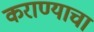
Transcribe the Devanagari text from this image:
कराण्याचा